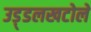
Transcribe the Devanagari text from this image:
उड़्डलखटोले